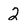
Character: 2